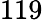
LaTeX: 119